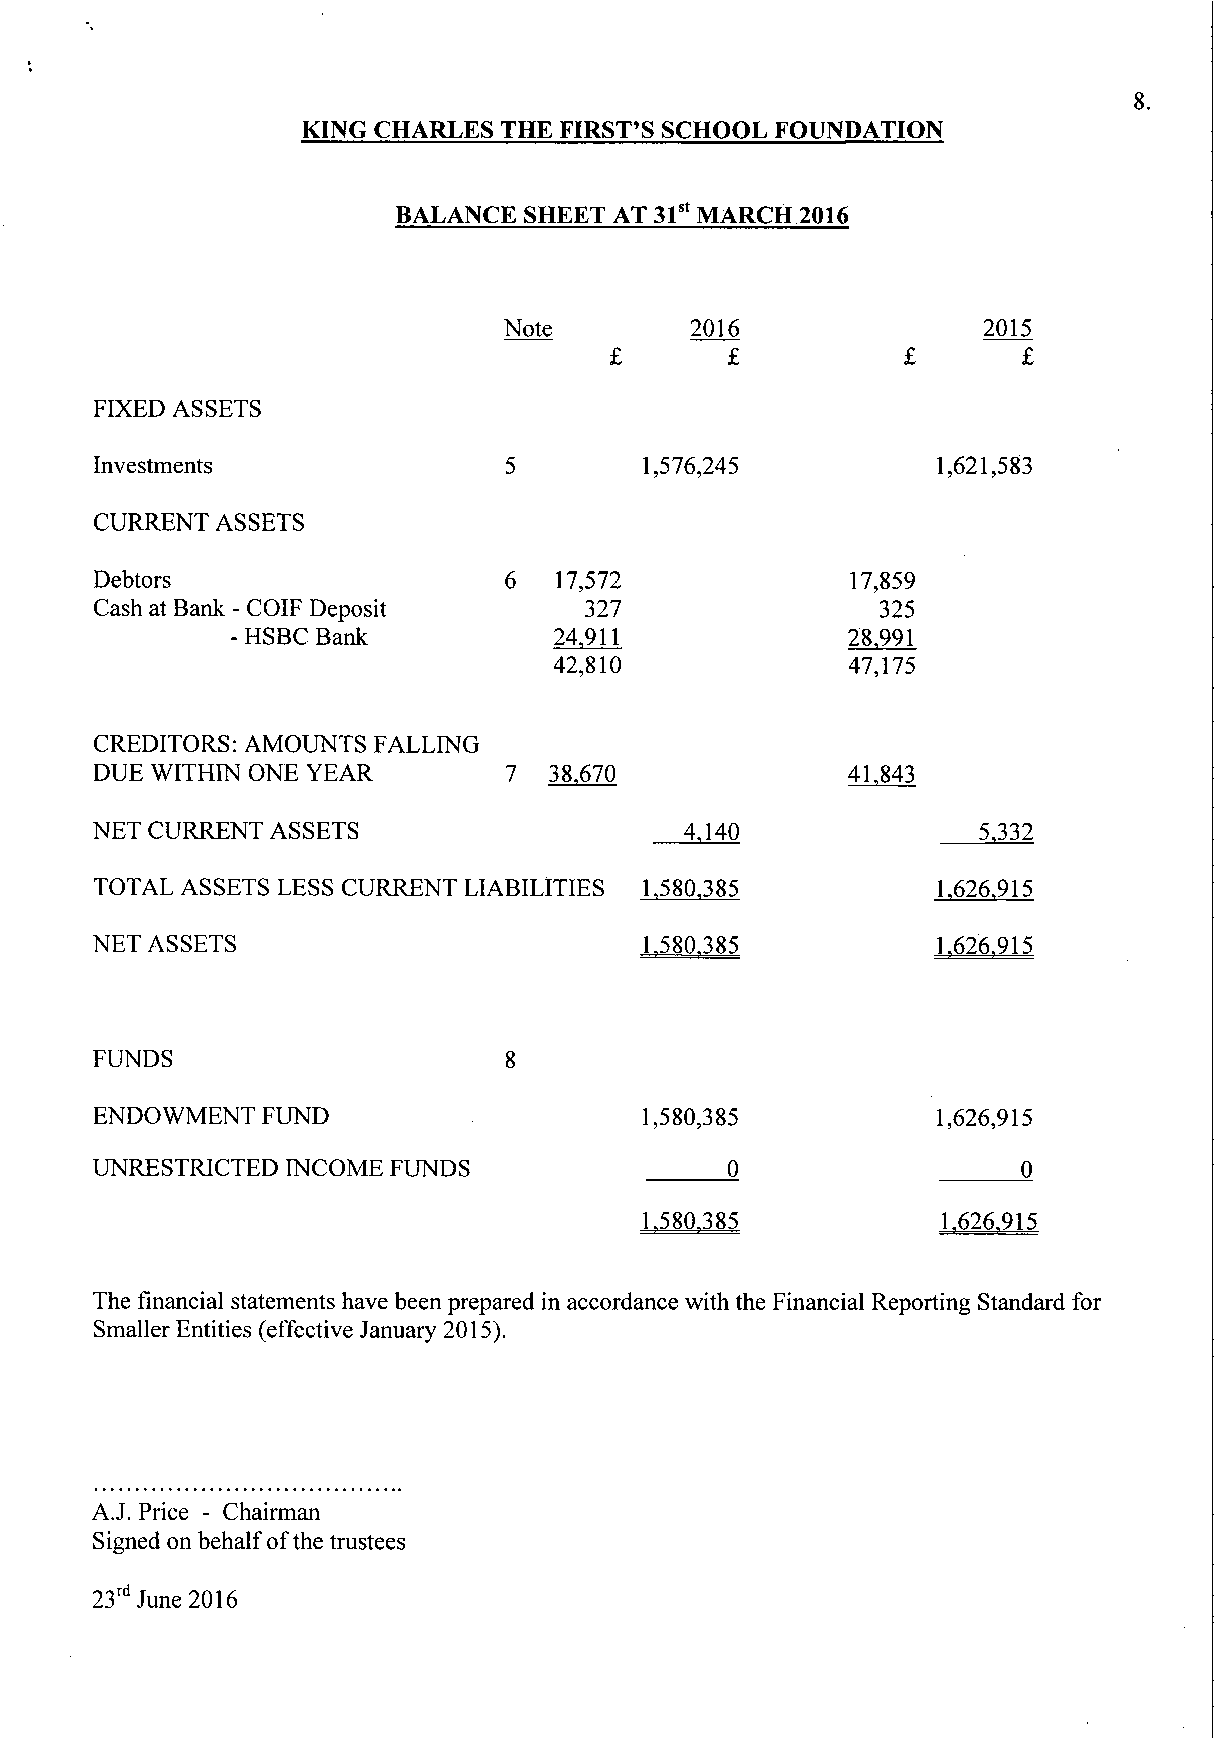
KING CHARLES THE FIRST'S SCHOOL FOUNDATION
 BALANCE  SHEET AT 31st MARCH 2016
 Note         2016               2015
 FIXED ASSETS
 Investments                          1,576,245          1,621,583
 CURRENT ASSETS
 Debtors                        17,572             17,859
 327                325
 Cash at Bank - COIF Deposit
 24,911             28,991
 - HSBC Bank
 42,810             47,175
 CREDITORS: AMOUNTS FALLING
 DUE WITHIN ONE YEAR         7  38.670             41.843
 NET CURRENT ASSETS                     4,140               5.332
 TOTAL ASSETS LESS CURRENT LIABILITIES 1,580,385         1.626.915
 NET ASSETS                           1.580.385          1.626.915
 FUNDS
 ENDOWMENT  FUND                      1,580,385          1,626,915
 UNRESTRICTED INCOME FUNDS                 0                   0
 1.580.385          1.626.915
 The financial statements have been prepared in accordance with the Financial Reporting Standard for
 Smaller Entities (effective January 2015).
 A.J. Price - Chairman
 Signed on behalf of the trustees
 23rd June 2016